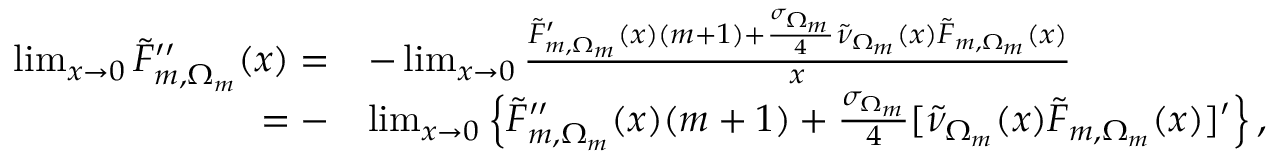
\begin{array} { r l } { \operatorname* { l i m } _ { x \rightarrow 0 } \tilde { F } _ { m , \Omega _ { m } } ^ { \prime \prime } ( x ) = } & { - \operatorname* { l i m } _ { x \rightarrow 0 } \frac { \tilde { F } _ { m , \Omega _ { m } } ^ { \prime } ( x ) ( m + 1 ) + \frac { \sigma _ { \Omega _ { m } } } { 4 } \tilde { \nu } _ { \Omega _ { m } } ( x ) \tilde { F } _ { m , \Omega _ { m } } ( x ) } { x } } \\ { = - } & { \operatorname* { l i m } _ { x \rightarrow 0 } \left\{ \tilde { F } _ { m , \Omega _ { m } } ^ { \prime \prime } ( x ) ( m + 1 ) + \frac { \sigma _ { \Omega _ { m } } } { 4 } [ \tilde { \nu } _ { \Omega _ { m } } ( x ) \tilde { F } _ { m , \Omega _ { m } } ( x ) ] ^ { \prime } \right\} , } \end{array}